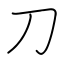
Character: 刀